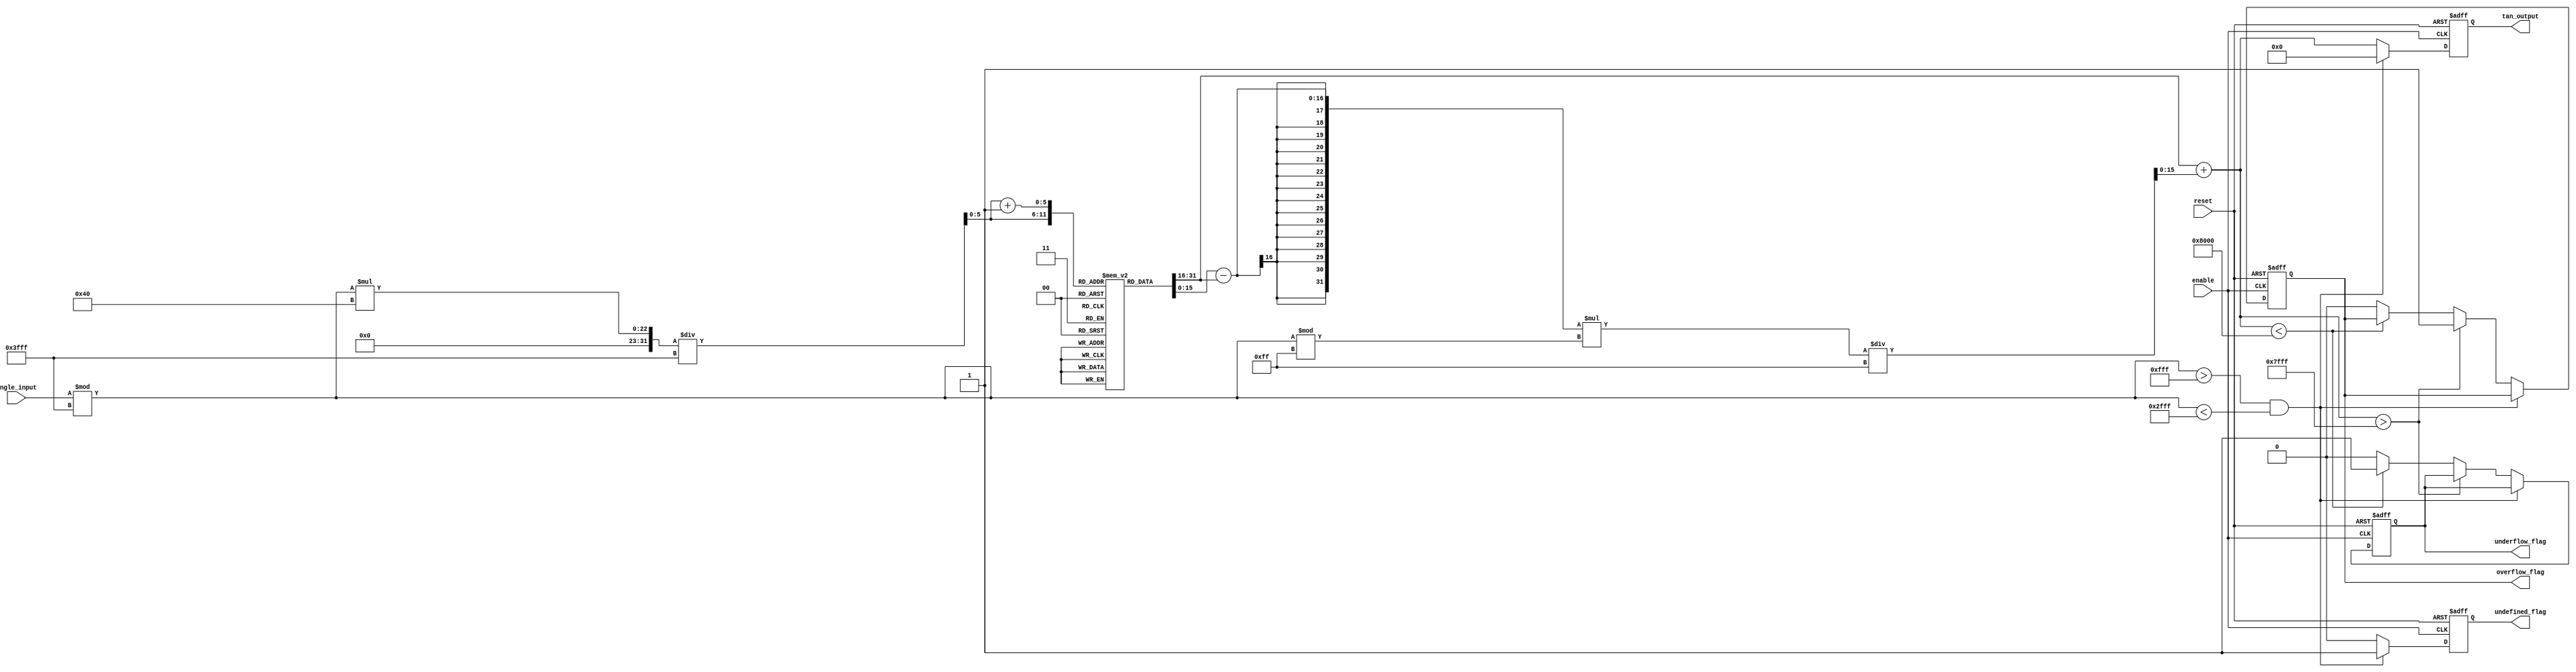
module tan_arithmetic_block (
    input wire [15:0] angle_input, // Input angle in fixed-point representation (e.g., 16-bit)
    input wire enable,              // Control signal to enable the operation
    input wire reset,               // Reset signal
    output reg [15:0] tan_output,   // Tangent output in fixed-point representation
    output reg overflow_flag,       // Overflow flag
    output reg underflow_flag,      // Underflow flag
    output reg undefined_flag        // Undefined flag for tan(/2), tan(3/2), etc.
);

    // Parameters for LUT
    parameter LUT_SIZE = 64; // Size of the lookup table
    parameter ANGLE_MAX = 16'h3FFF; // Maximum angle input (e.g.,  radians)
    
    // Lookup table for tangent values (precomputed)
    reg [15:0] tan_lut [0:LUT_SIZE-1];
    
    initial begin
        // Initialize the lookup table with precomputed tangent values
        // This is a simplified example; fill with actual values.
        tan_lut[0] = 16'h0000; // tan(0)
        tan_lut[1] = 16'h0000; // tan(/64)
        // Fill in the rest of the LUT...
        tan_lut[63] = 16'h0000; // tan(/2)
    end

    // Internal signals
    reg [15:0] angle_normalized;
    reg [5:0] lut_index;
    reg [15:0] tan_value1, tan_value2; // Values for interpolation
    reg [15:0] tan_interpolated;

    always @(posedge enable or posedge reset) begin
        if (reset) begin
            tan_output <= 16'b0;
            overflow_flag <= 0;
            underflow_flag <= 0;
            undefined_flag <= 0;
        end else begin
            // Range reduction: Normalize angle to [-/2, /2]
            angle_normalized = angle_input % ANGLE_MAX; // Simplified; needs proper range reduction
            if (angle_normalized > ANGLE_MAX/4 && angle_normalized < 3*ANGLE_MAX/4) begin
                undefined_flag <= 1; // tan(/2) is undefined
                tan_output <= 16'b0; // Set output to zero or handle it as needed
            end else begin
                undefined_flag <= 0;
                
                // Calculate LUT index for the given angle
                lut_index = angle_normalized * LUT_SIZE / ANGLE_MAX;
                
                // Get tangent values from LUT
                tan_value1 = tan_lut[lut_index];
                tan_value2 = tan_lut[lut_index + 1]; // Next LUT value for interpolation
                
                // Simple linear interpolation (not optimized)
                tan_interpolated = tan_value1 + ((tan_value2 - tan_value1) * (angle_normalized % (ANGLE_MAX / LUT_SIZE))) / (ANGLE_MAX / LUT_SIZE);
                
                // Assign the interpolated value to output
                tan_output <= tan_interpolated;
                
                // Check for overflow/underflow
                // Simplified; define your overflow/underflow conditions
                if (tan_interpolated > 16'h7FFF) overflow_flag <= 1;
                else if (tan_interpolated < 16'h8000) underflow_flag <= 1;
                else begin
                    overflow_flag <= 0;
                    underflow_flag <= 0;
                end
            end
        end
    end
endmodule